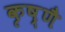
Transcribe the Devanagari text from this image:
कृष्णै